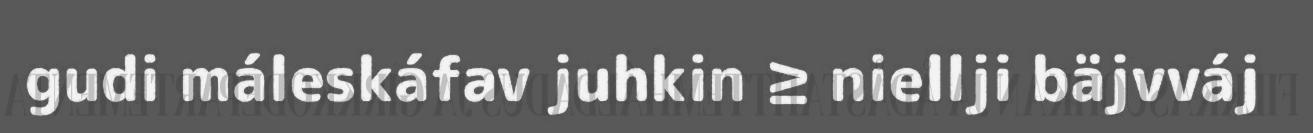
gudi máleskáfav juhkin ≥ niellji bäjvváj